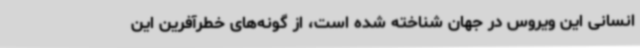
انسانی این ویروس در جهان شناخته شده است، از گونه‌های خطرآفرین این